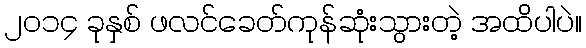
၂ဝ၁၄ ခုနှစ် ဖလင်ခေတ်ကုန်ဆုံးသွားတဲ့ အထိပါပဲ။